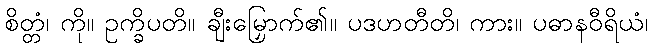
စိတ္တံ၊ ကို။ ဥက္ခိပတိ။ ချီးမြှောက်၏။ ပဒဟတီတိ၊ ကား။ ပဓာနဝီရိယံ၊